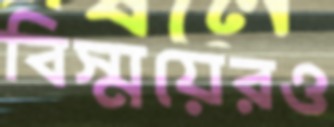
বিস্ময়েরও